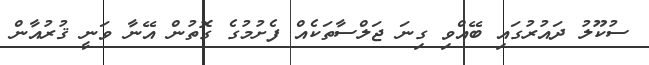
ސުކޫލު ދައުރުގައި ބޭއްވި ގިނަ ޖަލްސާތަކެއް ފެށުމުގެ ގޮތުން އޭނާ ވަނީ ޤުރުއާން